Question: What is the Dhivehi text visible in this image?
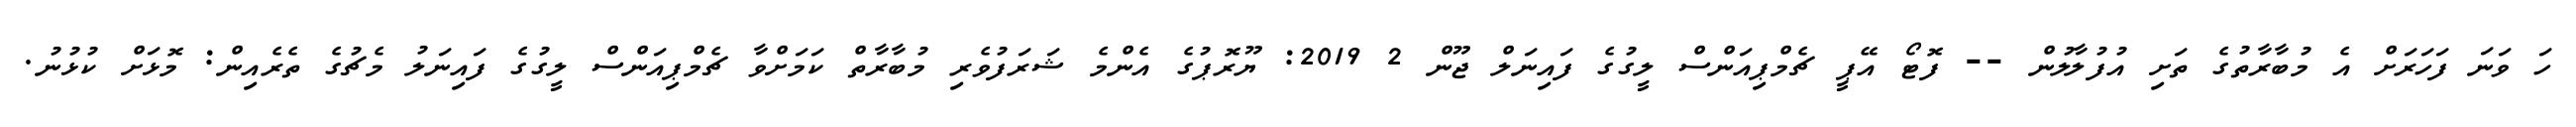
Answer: ހަ ވަނަ ފަހަރަށް އެ މުބާރާތުގެ ތަށި އުފުލާލުން -- ފޮޓޯ އޭޕީ ޗެމްޕިއަންސް ލީގުގެ ފައިނަލް ޖޫން 2 2019: ޔޫރޮޕުގެ އެންމެ ޝަރަފުވެރި މުބާރާތް ކަމަށްވާ ޗެމްޕިއަންސް ލީގުގެ ފައިނަލު މެޗުގެ ތެރެއިން: މޮޅަށް ކުޅުނު.